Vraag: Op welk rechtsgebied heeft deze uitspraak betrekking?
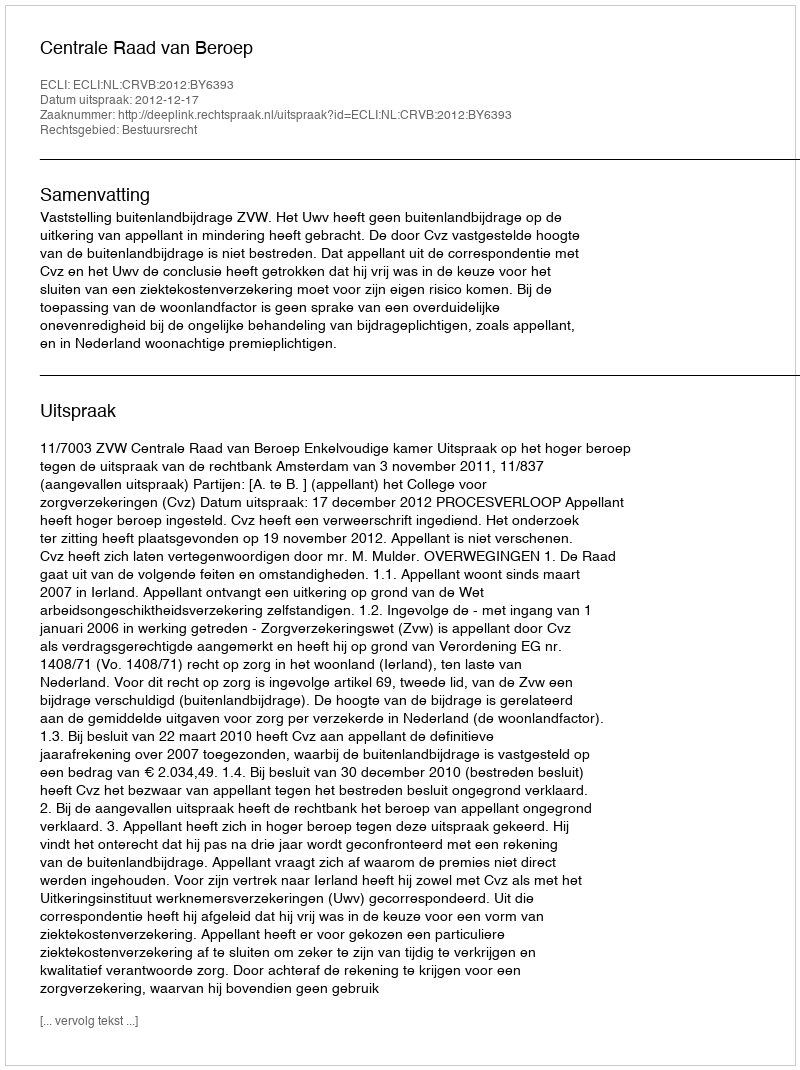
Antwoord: Bestuursrecht